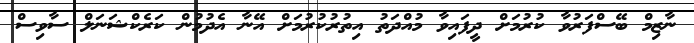
ނާޒިމް ބޭސްފަރުވާ ކުރުމަށް ދީފައިވާ މުއްދަތު އިތުރުކުރުމަށް އޭނާ އެދުމުން ކަރެކްޝަނަލް ސާވިސް